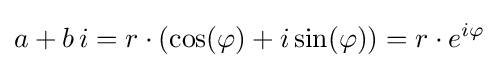
a+b\,i=r\cdot (\cos(\varphi )+i\sin(\varphi ))=r\cdot e^{i\varphi }